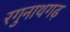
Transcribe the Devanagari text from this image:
रगुनाथगढ़